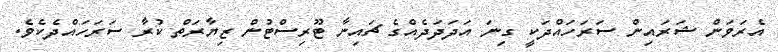
އެރަވަން ޝަރައިން ސަރަހައްދަކީ ގިނަ އަދަދަދެއްގެ ޗައިނާ ޓޫރިސްޓުން ޒިޔާރަތް ކުރާ ސަރަހައްދެކެވެ.